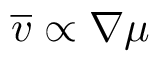
\overline { { v } } \propto \nabla \mu